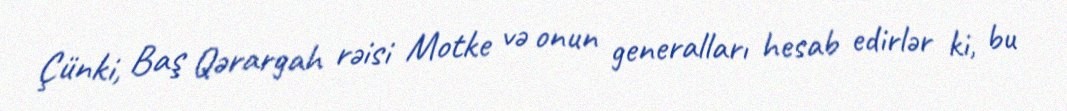
Çünki, Baş Qərargah rəisi Motke və onun generalları hesab edirlər ki, bu